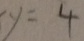
y = 4